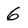
Character: 6